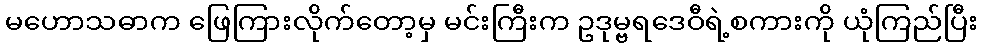
မဟောသဓာက ဖြေကြားလိုက်တော့မှ မင်းကြီးက ဥဒုမ္ဗရဒေဝီရဲ့စကားကို ယုံကြည်ပြီး